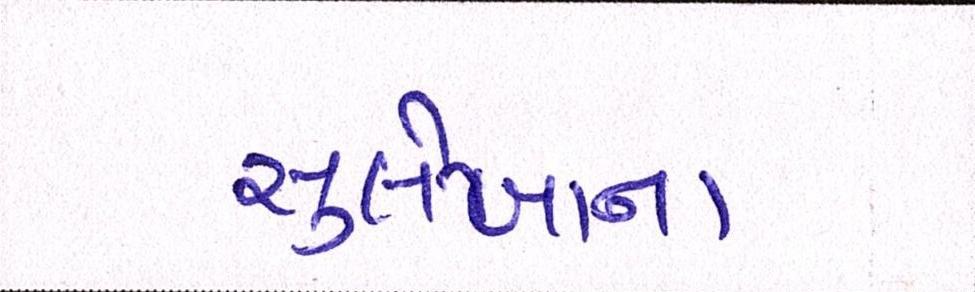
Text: સુલેખાના